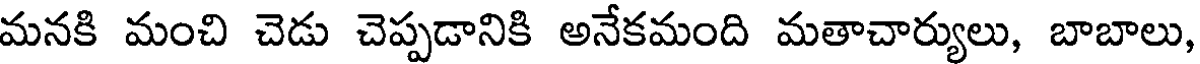
మనకి మంచి చెడు చెప్పడానికి అనేకమంది మతాచార్యులు, బాబాలు,